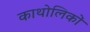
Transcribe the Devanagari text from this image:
काथोलिकों